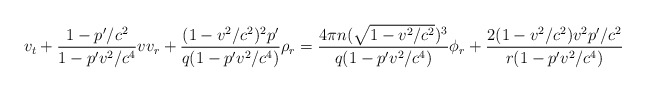
\begin{align*}\displaystyle v_{t}+\frac{1-{p}^{\prime}/c^{2}}{1-{p}^{\prime}v^{2}/c^{4}}vv_{r}+\frac{(1-v^{2}/c^{2})^{2}{p}^{\prime}}{q(1-{p}^{\prime}v^{2}/c^{4})}\rho_{r}=\frac{4\pi n(\sqrt{1-v^{2}/c^{2}})^{3}}{q(1-{p}^{\prime}v^{2}/c^{4})}\phi_{r}+\frac{2(1-v^{2}/c^{2})v^{2}{p}^{\prime}/c^{2}}{r(1-{p}^{\prime}v^{2}/c^{4})}\end{align*}